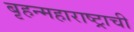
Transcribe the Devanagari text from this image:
बृहन्महाराष्ट्राची